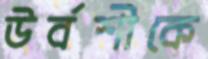
উর্বশীকে